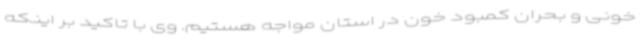
خونی و بحران کمبود خون در استان مواجه هستیم. وی با تاکید بر اینکه